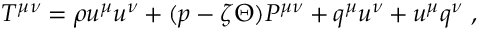
T ^ { \mu \nu } = \rho u ^ { \mu } u ^ { \nu } + ( p - \zeta \Theta ) P ^ { \mu \nu } + q ^ { \mu } u ^ { \nu } + u ^ { \mu } q ^ { \nu } ~ ,